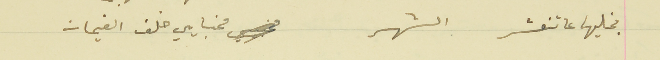
بخليها عا تنعشر الشهر                                     مخبايي خلف الغيمات